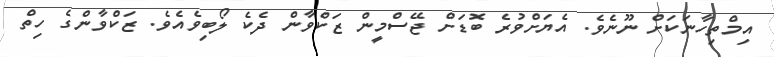
އިމްތިހާނަކަށް ނޫނެވެ. އެޔަށްވުރެ ބޮޑަށް ޖޭސްމީން ޒަކްވާން ދެކެ ލޯބިވެއެވެ. ޒަކްވާންގެ ހިތް